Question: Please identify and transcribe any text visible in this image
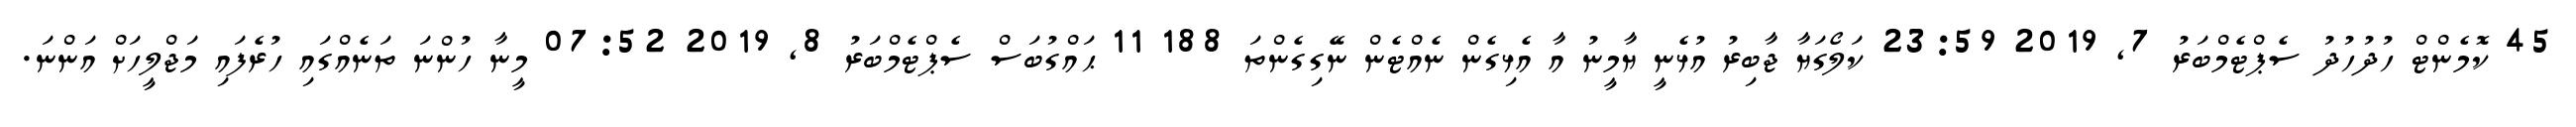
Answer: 45 ކޮމެންޓް ހުދުހުދު ސެޕްޓެމްބަރު 7, 2019 23:59 ކަލޯގަޔާ ޖާބިރު އުޅެނީ ޔާމީނު އާ އެޅިގެން ނެއްޓެން ނޭގިގެންތަ 188 11 ޙައްގުބަސް ސެޕްޓެމްބަރު 8, 2019 07:52 މީނާ ހުންނަ ތަނެއްގައި ހުރެފައި މަޖްލީހަށް އަންނަ.